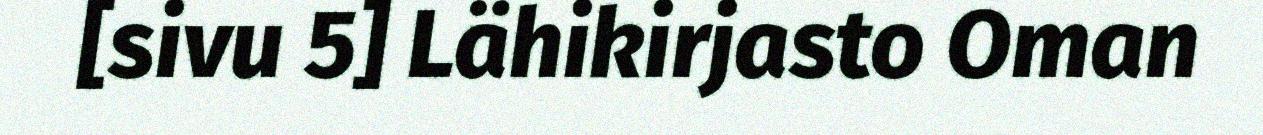
[sivu 5] Lähikirjasto Oman